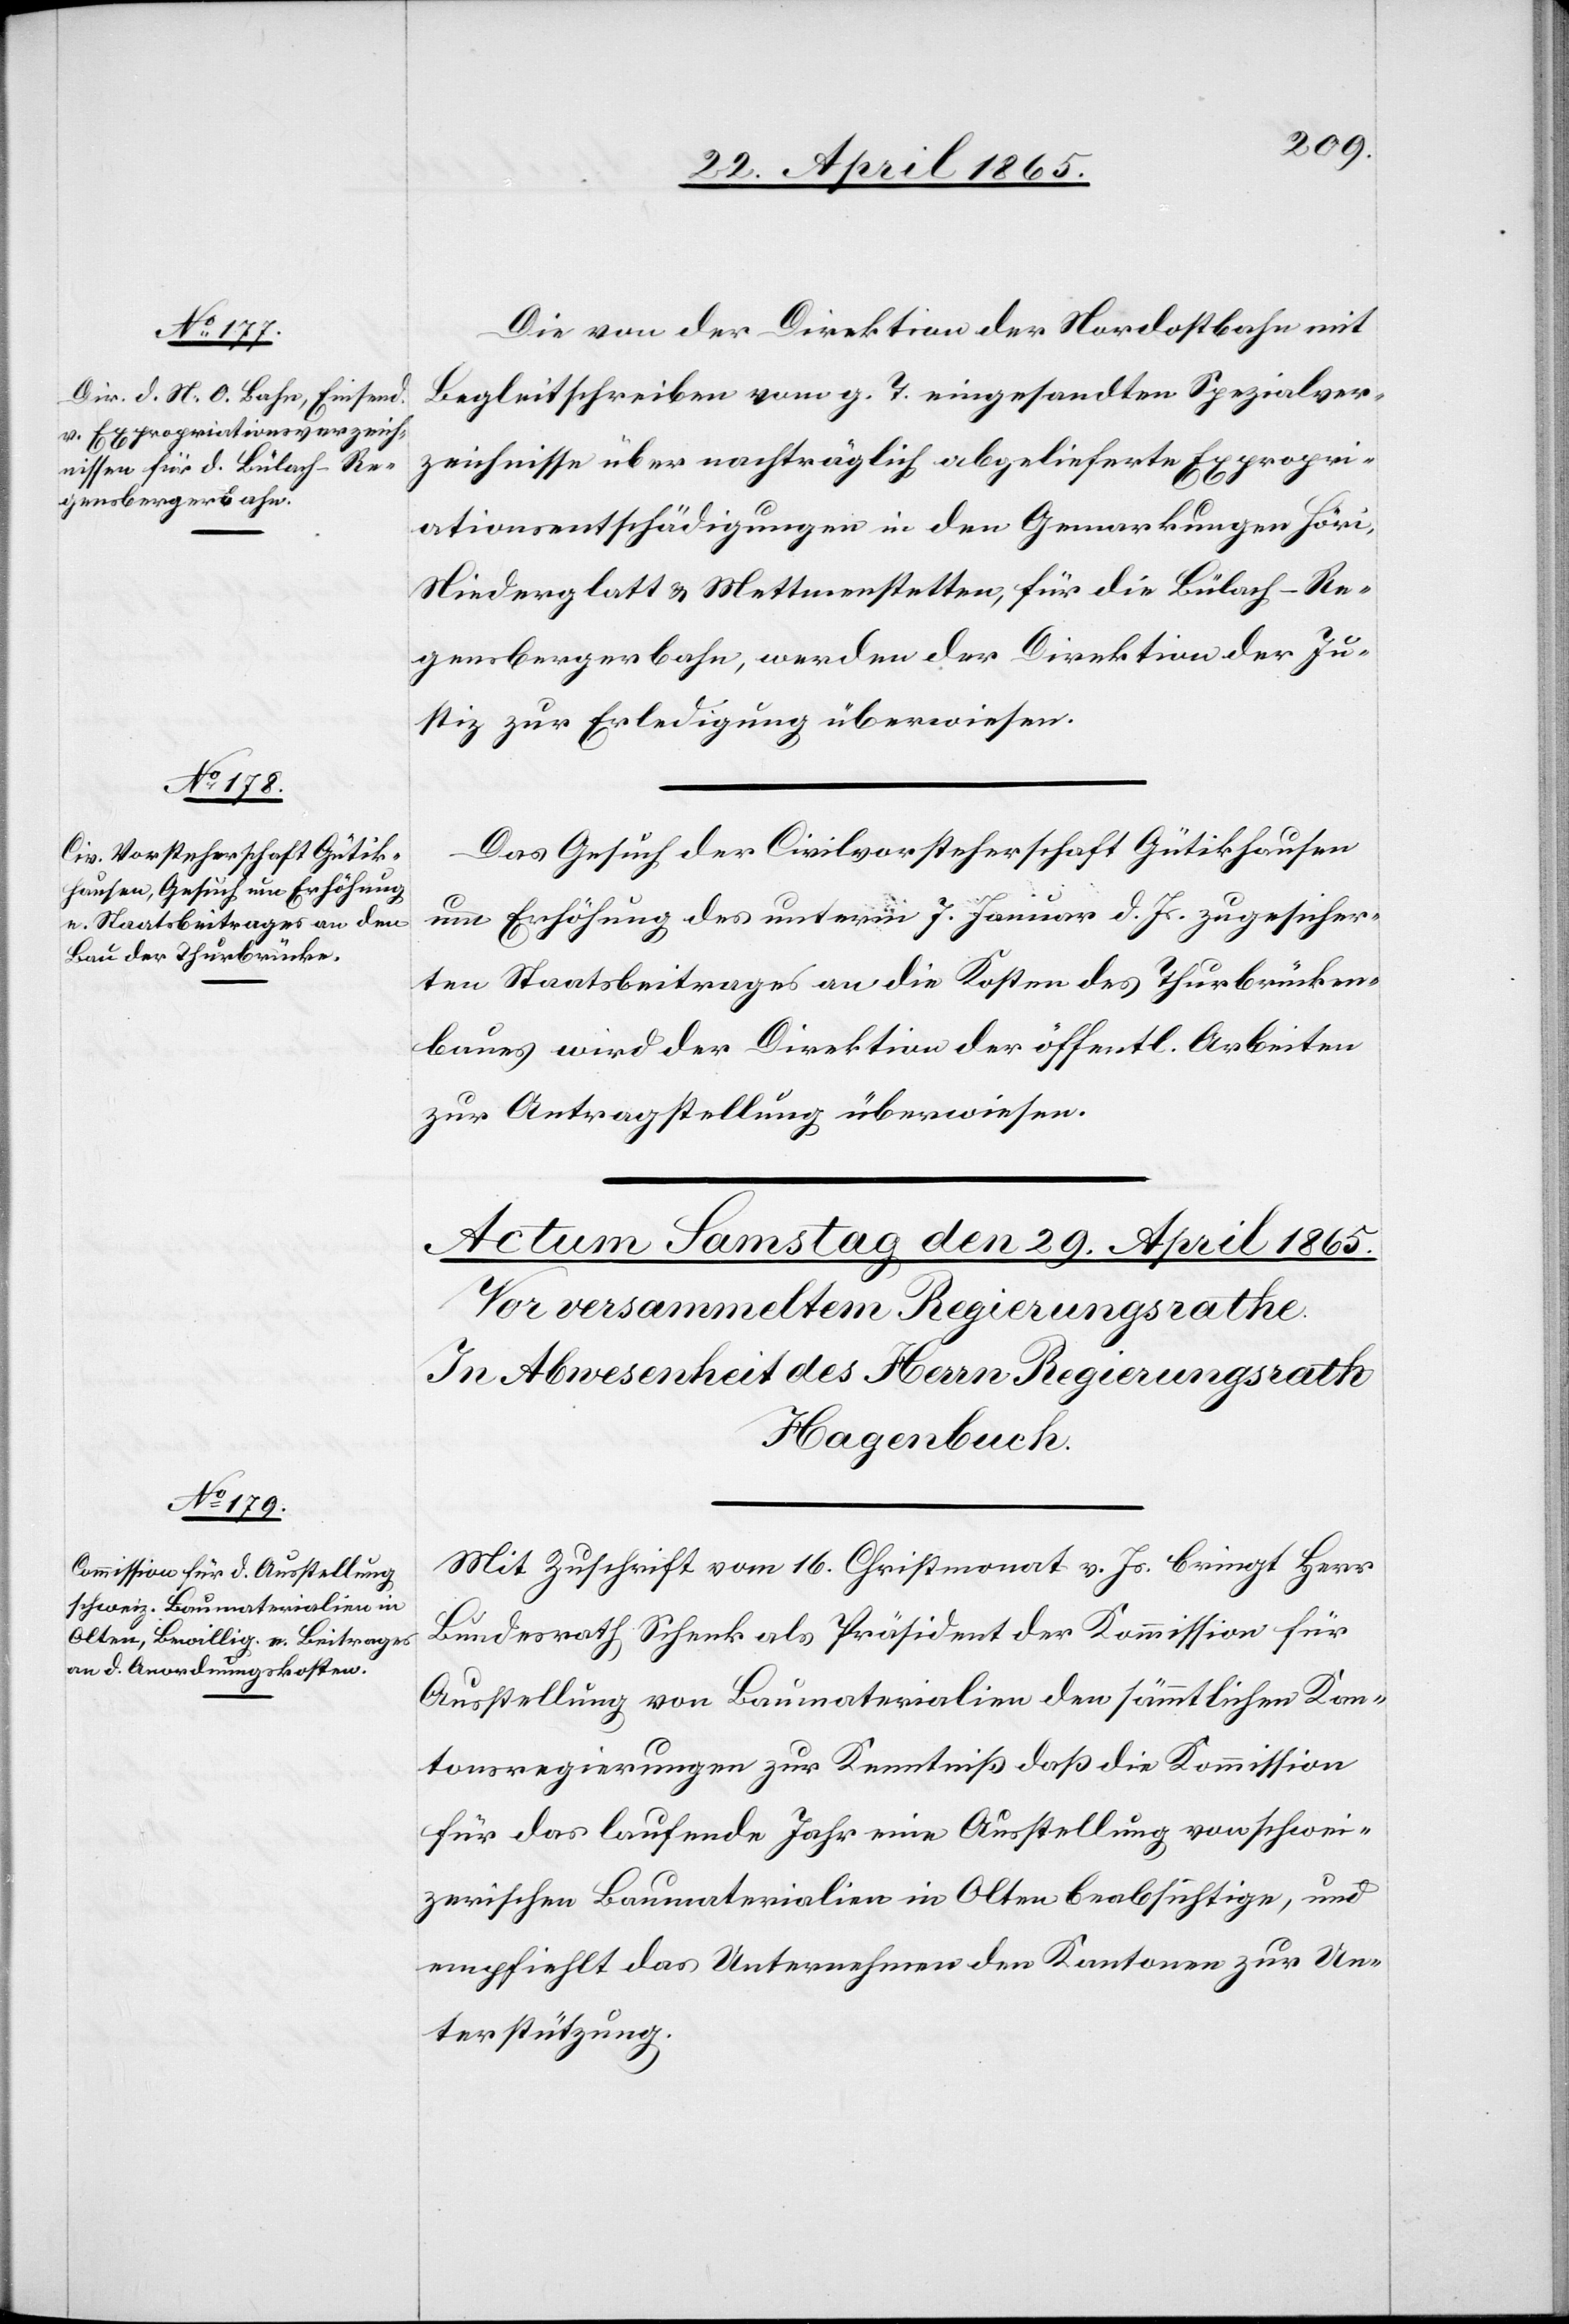
28. April 1865.]
Die von der Direktion der Nordostbahn mit
Begleitschreiben vom g. T. eingesandten Spezialver¬
zeichnisse über nachträglich abgelieferte Expropri¬
ationsentschädigungen in den Gemarkungen Höri,
Niederglatt & Mettmenstetten, für die Bülach-Re¬
gensbergerbahn, werden der Direktion der Ju¬
stiz zur Erledigung überwiesen.
Das Gesuch der Civilvorsteherschaft Gütikhausen
um Erhöhung des unterm 7. Januar d. Js. zugesicher¬
ten Staatsbeitrages an die Kosten des Thurbrücken¬
baues wird der Direktion der öffentl. Arbeiten
zur Antragstellung überwiesen.
Mit Zuschrift vom 16. Christmonat v. Js. bringt Herr
Bundesrath Schenk als Präsident der Kommission für
Ausstellung von Baumaterialien den sämmtlichen Kan¬
tonsregierungen zur Kenntniß daß die Kommission
für das laufende Jahr eine Ausstellung von schwei¬
zerischen Baumaterialien in Olten beabsichtige, und
empfiehlt das Unternehmen den Kantonen zur Un¬
terstützung.